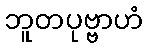
ဘူတပုဗ္ဗာဟံ